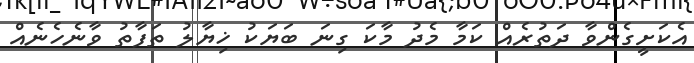
އެކަށީގެންވާ ދަތުރެއް ކަމާ މެދު މާކަ ގިނަ ބަޔަކު ޚިޔާލު ތަފާތު ވާނެހެނެއް